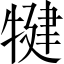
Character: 犍